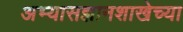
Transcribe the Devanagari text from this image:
अभ्यासज्ञानशाखेच्या